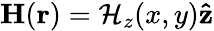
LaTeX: \mathbf{H}(\mathbf{r})=\mathcal{H}_{z}(x,y)\mathbf{\hat{z}}